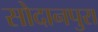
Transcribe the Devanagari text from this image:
सोदानपुरा